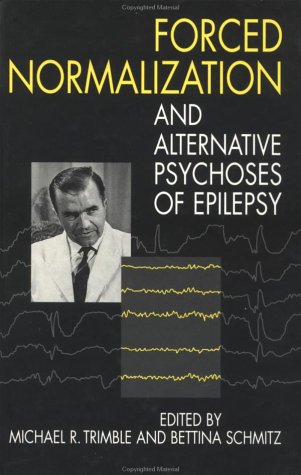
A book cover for Forced Normalization and Alternative Psychoses of Epilepsy; Michael R. Trimble; Health, Fitness & Dieting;